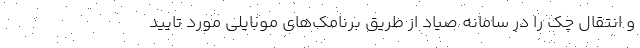
و انتقال چک را در سامانه صیاد از طریق برنامک‌های موبایلی مورد تایید